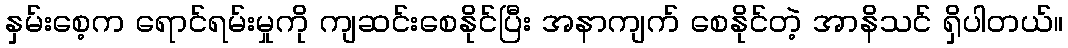
နှမ်းစေ့က ရောင်ရမ်းမှုကို ကျဆင်းစေနိုင်ပြီး အနာကျက် စေနိုင်တဲ့ အာနိသင် ရှိပါတယ်။